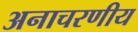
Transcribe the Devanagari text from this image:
अनाचरणीय